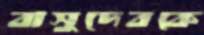
বাসুদেবকে